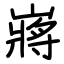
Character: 嶈